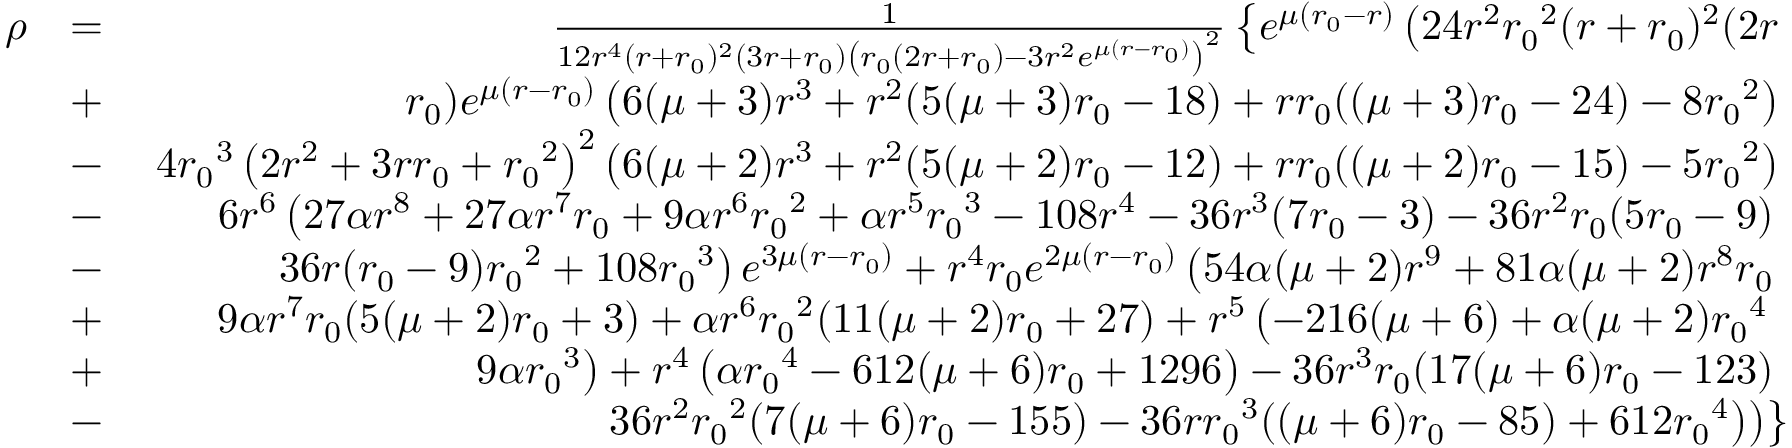
\begin{array} { r l r } { \rho } & { = } & { \frac { 1 } { 1 2 r ^ { 4 } ( r + { r _ { 0 } } ) ^ { 2 } ( 3 r + { r _ { 0 } } ) \left( { r _ { 0 } } ( 2 r + { r _ { 0 } } ) - 3 r ^ { 2 } e ^ { \mu ( r - { r _ { 0 } } ) } \right) ^ { 2 } } \left\lbrace e ^ { \mu ( { r _ { 0 } } - r ) } \left( 2 4 r ^ { 2 } { r _ { 0 } } ^ { 2 } ( r + { r _ { 0 } } ) ^ { 2 } ( 2 r \right. \right. } \\ & { + } & { \left. \left. { r _ { 0 } } ) e ^ { \mu ( r - { r _ { 0 } } ) } \left( 6 ( \mu + 3 ) r ^ { 3 } + r ^ { 2 } ( 5 ( \mu + 3 ) { r _ { 0 } } - 1 8 ) + r { r _ { 0 } } ( ( \mu + 3 ) { r _ { 0 } } - 2 4 ) - 8 { r _ { 0 } } ^ { 2 } \right) \right. \right. } \\ & { - } & { \left. \left. 4 { r _ { 0 } } ^ { 3 } \left( 2 r ^ { 2 } + 3 r { r _ { 0 } } + { r _ { 0 } } ^ { 2 } \right) ^ { 2 } \left( 6 ( \mu + 2 ) r ^ { 3 } + r ^ { 2 } ( 5 ( \mu + 2 ) { r _ { 0 } } - 1 2 ) + r { r _ { 0 } } ( ( \mu + 2 ) { r _ { 0 } } - 1 5 ) - 5 { r _ { 0 } } ^ { 2 } \right) \right. \right. } \\ & { - } & { \left. \left. 6 r ^ { 6 } \left( 2 7 \alpha r ^ { 8 } + 2 7 \alpha r ^ { 7 } { r _ { 0 } } + 9 \alpha r ^ { 6 } { r _ { 0 } } ^ { 2 } + \alpha r ^ { 5 } { r _ { 0 } } ^ { 3 } - 1 0 8 r ^ { 4 } - 3 6 r ^ { 3 } ( 7 { r _ { 0 } } - 3 ) - 3 6 r ^ { 2 } { r _ { 0 } } ( 5 { r _ { 0 } } - 9 ) \right. \right. \right. } \\ & { - } & { \left. \left. \left. 3 6 r ( { r _ { 0 } } - 9 ) { r _ { 0 } } ^ { 2 } + 1 0 8 { r _ { 0 } } ^ { 3 } \right) e ^ { 3 \mu ( r - { r _ { 0 } } ) } + r ^ { 4 } { r _ { 0 } } e ^ { 2 \mu ( r - { r _ { 0 } } ) } \left( 5 4 \alpha ( \mu + 2 ) r ^ { 9 } + 8 1 \alpha ( \mu + 2 ) r ^ { 8 } { r _ { 0 } } \right. \right. \right. } \\ & { + } & { \left. \left. \left. 9 \alpha r ^ { 7 } { r _ { 0 } } ( 5 ( \mu + 2 ) { r _ { 0 } } + 3 ) + \alpha r ^ { 6 } { r _ { 0 } } ^ { 2 } ( 1 1 ( \mu + 2 ) { r _ { 0 } } + 2 7 ) + r ^ { 5 } \left( - 2 1 6 ( \mu + 6 ) + \alpha ( \mu + 2 ) { r _ { 0 } } ^ { 4 } \right. \right. \right. \right. } \\ & { + } & { \left. \left. \left. \left. 9 \alpha { r _ { 0 } } ^ { 3 } \right) + r ^ { 4 } \left( \alpha { r _ { 0 } } ^ { 4 } - 6 1 2 ( \mu + 6 ) { r _ { 0 } } + 1 2 9 6 \right) - 3 6 r ^ { 3 } { r _ { 0 } } ( 1 7 ( \mu + 6 ) { r _ { 0 } } - 1 2 3 ) \right. \right. \right. } \\ & { - } & { \left. \left. \left. 3 6 r ^ { 2 } { r _ { 0 } } ^ { 2 } ( 7 ( \mu + 6 ) { r _ { 0 } } - 1 5 5 ) - 3 6 r { r _ { 0 } } ^ { 3 } ( ( \mu + 6 ) { r _ { 0 } } - 8 5 ) + 6 1 2 { r _ { 0 } } ^ { 4 } \right) \right) \right\rbrace } \end{array}